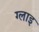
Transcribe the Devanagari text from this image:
ग्लाइ